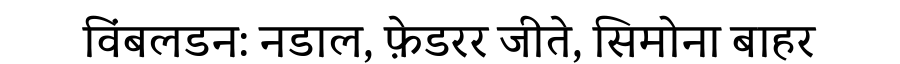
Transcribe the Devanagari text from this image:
विंबलडन: नडाल, फ़ेडरर जीते, सिमोना बाहर